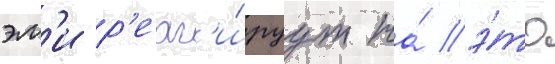
эм'и р'еаг'и́руут на́ э́то